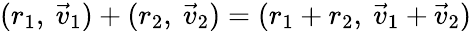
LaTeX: (r_{1},\ {\vec{v}}_{1})+(r_{2},\ {\vec{v}}_{2})=(r_{1}+r_{2},\ {\vec{v}}_{1}+{\vec{v}}_{2})